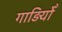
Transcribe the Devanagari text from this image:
गाड़ियोँ